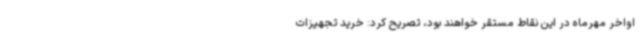
اواخر مهرماه در این نقاط مستقر خواهند بود، تصریح کرد: خرید تجهیزات